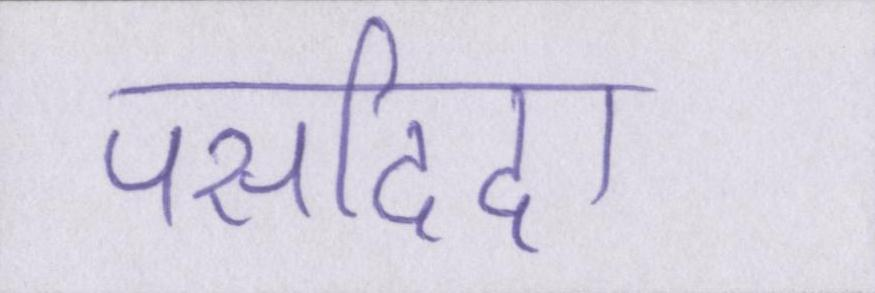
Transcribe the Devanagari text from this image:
पसदिदा